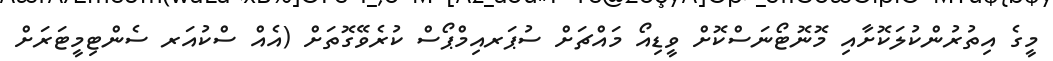
މީގެ އިތުރުންކުލަކޮށާއި މޮނޮޓޯނަސްކޮށް ވީޑިއޯ މައްޗަށް ސުޕަރއިމްޕޯސް ކުރެވޭގޮތަށް (އެއް ސްކުއަރ ސެންޓިމީޓަރަށް